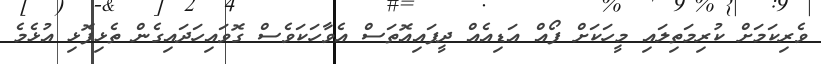
ވެރިކަމަށް ކުރިމަތިލައި މީހަކަށް ފޯއް އަޑިއެއް ދީފައިއޮތަސް އެވާހަކަވެސް ގޮވައިހަދައިގެން ތެޅިފޮޅި އުޅެމެ